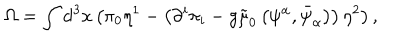
LaTeX: \Omega = \int \mathrm { d } ^ { 3 } x \left( \pi _ { 0 } \eta ^ { 1 } - \left( \partial ^ { i } \pi _ { i } - g \tilde { \mu } _ { 0 } \left( \psi ^ { \alpha } , \bar { \psi } _ { \alpha } \right) \right) \eta ^ { 2 } \right) ,